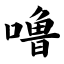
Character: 噜